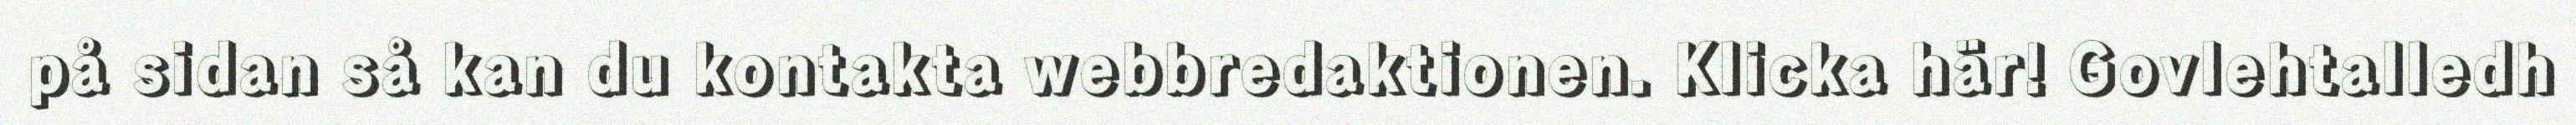
på sidan så kan du kontakta webbredaktionen. Klicka här! Govlehtalledh